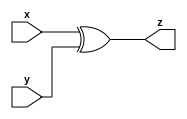
module xor_gate_n (x, y, z);
  parameter n = 0;
  input [n-1:0] x;
  input [n-1:0] y;
  output [n-1:0] z;
  
  assign z = (x^y) ;
  
  
endmodule